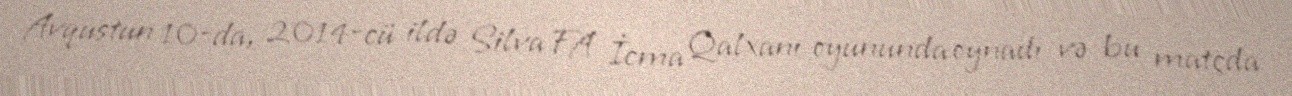
Avqustun 10-da, 2014-cü ildə Silva FA İcma Qalxanı oyununda oynadı və bu matçda